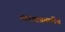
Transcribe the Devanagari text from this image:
यांच्याप्रमाणेंच